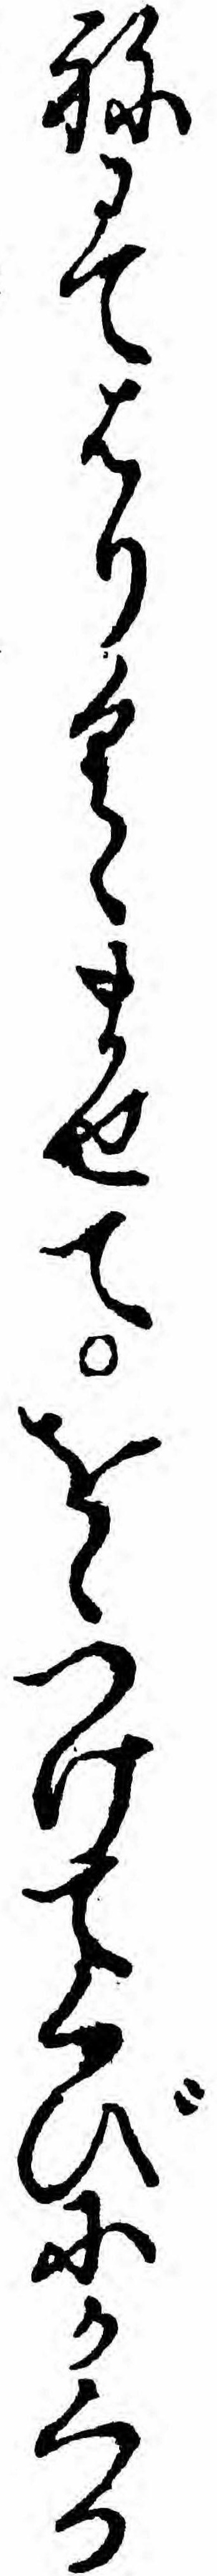
ねにてはりくゝませてをしつけてくびにかくる